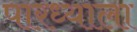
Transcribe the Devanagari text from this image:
पारध्याला